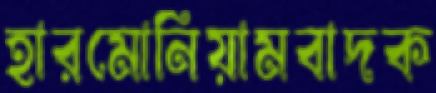
হারমোনিয়ামবাদক